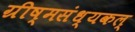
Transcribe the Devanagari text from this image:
ग्रीष्मसंध्यकल्